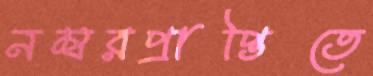
নম্বরপ্রাপ্তিতে